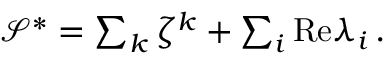
\begin{array} { r } { \mathcal { S } ^ { * } = \sum _ { k } \zeta ^ { k } + \sum _ { i } \mathrm { R e } \lambda _ { i } \, . } \end{array}